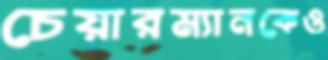
চেয়ারম্যানকেও